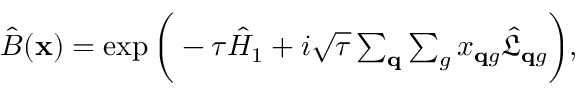
\begin{array} { r } { \hat { B } ( \mathbf x ) = \exp { \bigg ( - \tau \hat { H } _ { 1 } + i \sqrt { \tau } \sum _ { \mathbf q } \sum _ { g } x _ { \mathbf q g } \hat { \mathfrak L } _ { \mathbf q g } } \bigg ) , } \end{array}